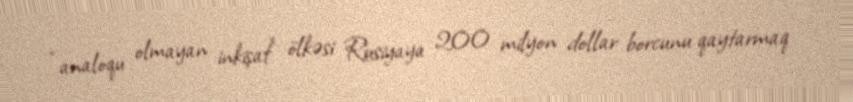
“analoqu olmayan inkişaf” ölkəsi Rusiyaya 200 milyon dollar borcunu qaytarmaq